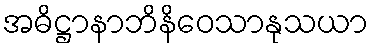
အဓိဋ္ဌာနာဘိနိဝေသာနုသယာ